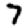
Digit: 7